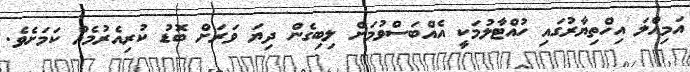
އަމިއްލަ އިހްތިޔާރުގައި ހުއްޓާލުމަކީ އެއްބަސްވުމަށް ލިބިގެން ދިޔަ ވަރަށް ބޮޑު ކުރިއެރުމެއް ކަމަށެވެ.